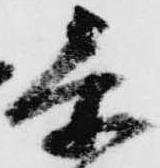
忝